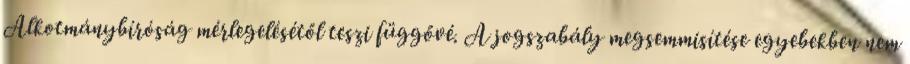
Alkotmánybíróság mérlegelésétől teszi függővé. A jogszabály megsemmisítése egyebekben nem